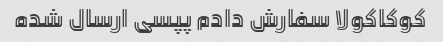
کوکاکولا سفارش دادم پپسی ارسال شده